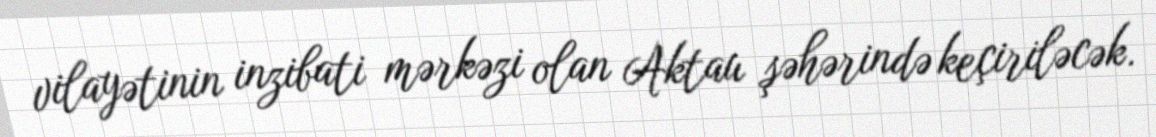
vilayətinin inzibati mərkəzi olan Aktau şəhərində keçiriləcək.